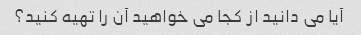
آیا می دانید از کجا می خواهید آن را تهیه کنید؟